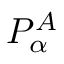
P _ { \alpha } ^ { A }